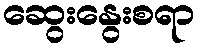
ဆွေးနွေးစရာ